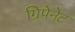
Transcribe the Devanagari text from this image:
ग्रिपेनेट